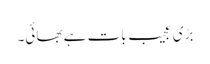
بڑی عجیب بات ہے بھائی۔